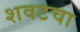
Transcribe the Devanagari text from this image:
शवटचा